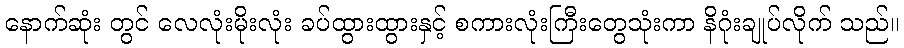
နောက်ဆုံး တွင် လေလုံးမိုးလုံး ခပ်ထွားထွားနှင့် စကားလုံးကြီးတွေသုံးကာ နိဂုံးချုပ်လိုက် သည်။